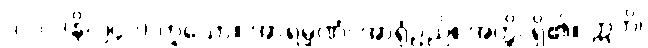
[၀၁] (နိ၊ ၂၄၀) ဟူသော။ အာရမ္မဏံ၊ အာရုံဥည်။ အတ္ထိ၊ ရှိ၏။ ဣတိ၊